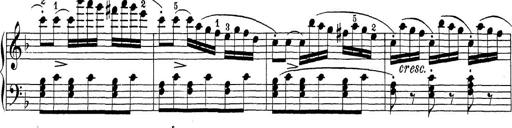
Title: Sonatina Album
Composer: Louis KÃ¶hler